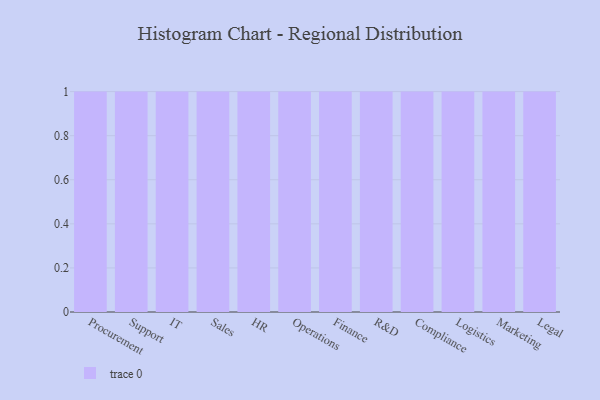
{"axis": {"x": "Department", "y": "Headcount"}, "legend": [""], "data": [{"x": "Procurement", "y": 7, "type": ""}, {"x": "Support", "y": 2, "type": ""}, {"x": "IT", "y": 55, "type": ""}, {"x": "Sales", "y": 1, "type": ""}, {"x": "HR", "y": 7, "type": ""}, {"x": "Operations", "y": 31, "type": ""}, {"x": "Finance", "y": 39, "type": ""}, {"x": "R&D", "y": 62, "type": ""}, {"x": "Compliance", "y": 80, "type": ""}, {"x": "Logistics", "y": 75, "type": ""}, {"x": "Marketing", "y": 31, "type": ""}, {"x": "Legal", "y": 62, "type": ""}]}